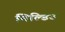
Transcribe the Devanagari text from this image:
मिल्डिउ